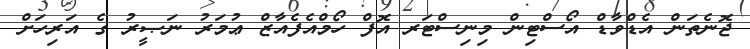
ޖޮނެތަން އެޑްވާޑް އޯސްޓިން މިނިސްޓަރ އޮފް ހޯމްއެފެއާޒް ޢުމަރު ނަޞީރު ގެ އަރިހަށް